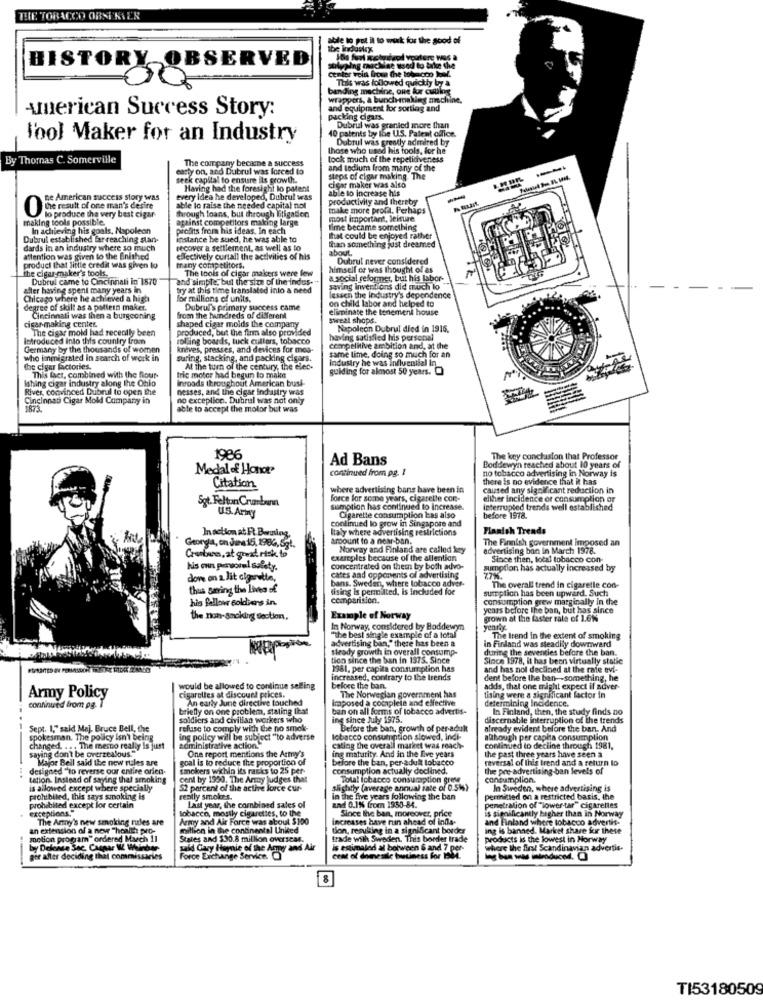
THE TOBACCO OBSTKIEN
able to pot il to wik for the good of
the industry
HISTORY OBSERVED
Center vein freue the tobacco bowl.
Alping machine used to take the
00
This was followed quickly by a
banding machine, one kur cutting
wrappers, & bunch-making machine.
American Success Story:
and equipment for sorting and
packing cigars.
10 patents by the U.S. Patent office.
Dubrul was granted more than
l'ool Maker for an Industry
Dubrul was grently admired by
those who used his tools, for he
By Thomas C. Somerville
The company becarne a success
took much of the repetiaiveness
early on, and Dubrul was forced to
and todium from many of the
seck capital to ensure ils growth.
steps of cigar making. The
Having had the foresight lo patent
cigar maker was also
able to increase his
pe American success story was
every idea he developed, Dubrul was
productivity and thereby
One result of one man's desire
through toans, but through litigation
able to raise the needed capital not
make more profil. Perhaps
making tools possible.
to produce the very best cigar
against competitors making large
most important, leisure
In achieving his goals, Napoleon
profits from his ideas. In each
fime became something
Dubrul established far reaching stan-
instance he sued, he was able to
That could be enjoyed rather
than something just dreamed
dards in an industry where so much
recover a settlement, as well as to
about.
attention was given to the finished
effectively curtall the activities of his
Dubrut never considered
the cigar maker's tools.
product that little credit was given to
many competitors.
The tools of cigar makers were lew
himself or was thought of as
Dubrul came to Cincinnati in 1570
and simple, but the size of the indus-"
a social reformer, but his labor-
after having spent many years in
try at this time translated into a need
saving inventions did much lo
Chicago where he achieved a high
for millions of units.
lessen the industry's dependence
on child labor and helped to
degree of skill as a poltern maker.
Dubrul's primary success came
eliminate the tenement house
cigar making center.
Cincinnati was then a burgeoning
from the haindreds of different
sweat shops.
The cigar mold had recently been
produced, but the firm also provided
shaped cigar molds the company
Napoleon Dubrul died in 1916.
Introduced into this country from
rolling boards, tuck cullars, tobacco
having satisfied his personal
Germany by the thousands of women
kundves, presses, and devices for mos-
cempelitive ambition and, at the
same time, doing so much for an
who immigrated In search of work in
suring, stacking, and packing cigars.
industry he was influential in
the cigar factories.
At the turn of the century, the elec-
guiding for almost 50 years. 0
Ishing cigar industry along the Ohio
This fact, combined with the flour-
tric motor had begun to make
Inroads throughout American busi-
River, convinced Dubrul to open the
nesses, and the cigar industry was
Cincinnati Cigar Mold Company in
no exception. Dubrul was not only
1873.
able to accept the motor but was
1986
Ad Bans
The key conclusion that Professor
Medal of Honor
continued from pg. I
Boddewyn reached about 10 years of
there is no evidence
hat it has
Citation
where advertising bans have been in
Sgt. Felton Crumbunn
force for some years, cigarette con-
elther incidence of consumption or
U.S. Army
sumption has continued to increase.
interrupted trends well established
continued lo grow in Singapore and
Cigarette consumption las also
before 1978.
Italy where advertising restrictions
Flanish Trends
Inaction at Ft. Boring,
amount to a near-ban.
The Finnish government imposed an
Georgiat, on June-15, 1986,5gt.
Norway and Finland are called kny
advertising ban in March 1978.
Courbes, at great risk. to
examples because of the allention
Since then, total tobacco con-
His own peryorul safety.
concentrated on them by both advo-
sumption has actually increased by
clove on a Jit cigarette,
bans. Sweden, where tobacco adver-
cates and opponents of advertising
thus saring the Lives of
dising is permitted, is included for
sumption has been upward. Such
The overall trend in cigaretle con-
his fellow soldiers in.
comparision.
consumption grew marginally In the
years before the ban, but has since
The non-smoking section.
Example of Norway
grown at the faster rale of 1.6%
In Norway, considered by Boddewyn
yenny.
advertising ban," there has been a
"the best single example of a lotal
The Irend in the extent of smoking
steady growth in overall consump-
in Finland was steadily downward
during the seventies before the ban.
tion since the ban in 1975. Since
Since 1978, it has been virtually static
1981, per capita consumption has
and has nol declined at the rate ovi-
increased, contrary to the trends
dent before the ban -- something, he
would be allowed to continue selling
beke the ban.
adds, that one might expect il adver-
Army Policy
cigarettes at discount prices.
An early June directive touched
Imposed a completa and effective
The Norwegian government has
tising were a significant factor in
determining incidence.
continued from og. ]
briefly on one problem, stating that
ban on all forms of tobacco advertis-
In Finland, then, the study finds no
soldiers and civilian workers who
ing since July 1975.
discernable interruption of the trends
Sept. 1," said Maj. Bruce Bell, the
refuse to comply with the no smok-
Before the ban, growth of peradult
already evident before the ban, And
spokesman. The policy isn'1 being
ing policy will be subject "to adverse
tobacco consumption slowed, Indi-
auhough per capita consumption
changed. ... The memo really is just
administrative action."
caling the overall market was reach-
continued to decline through 1981,
the past three years have seen a
saying don't be overzealous."
Major Bell said the new rules are
goal is to reduce the proportion of
One report mentions the Army's
ing maturity. And in the five years
before the ban, per adult tobacco
reversal of this trend and a return lo
...
designed ""to reverse our entire orien-
smokers within its racks to 25 per-
consumption actually declined.
the pre-advertising-ban levels of
tation. Instead of saying that smoking
cent by 1990. The Army Judges that
Total tobacco consumption greve
concumplion.
is allowed except where specially
52 percent of the active lorce cur-
slightly (average annual rate of 0.5M)
In Sweden, where advertising is
prohibited, this says smoking is
rently smokes.
in the five years following the ban
and 0.1% from 1950-84.
permitted on a restricted basis, the
prohibited except for certain
exceptions."
Last year, the combined sales of
tobacco, mostly cigarettes, to the
Since the ban, moreover, price
The Army's new smoking rules are
Army and Air Force was about $100
increases have run ahead of india-
and Finland where tobacco advertis.
an extension of a new "health? pro-
million in the continental United
tion, resulting in a significant border
ing is banned. Market share for these
motion program" ordered March 11
States and $30.8 million overscar.
frade with Sweden. This border trade
products is the lowest in Norway
by Delense She, Caspar IL Winter
said Gary Homie of the Amy and Air
is estimated al between 6 and 7 per-
where the first Scandinavian advertis-
ger affer deciding that commissaries
Force Exchange Service Q
ceat of domesile business for the4.
8
TI53180509